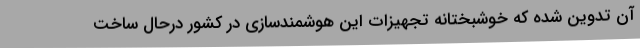
آن تدوین شده که خوشبختانه تجهیزات این هوشمندسازی در کشور درحال ساخت